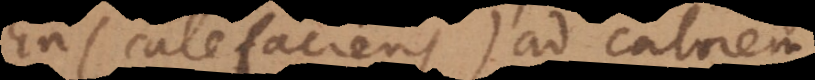
ens calefaciens) ad calorem,